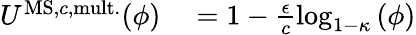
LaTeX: \begin{array}{rl}{U^{\mathrm{MS,}c\mathrm{,mult.}}(\phi)}&{{}=1-\frac{\epsilon}{c}\log_{1-\kappa}\left(\phi\right)}\end{array}